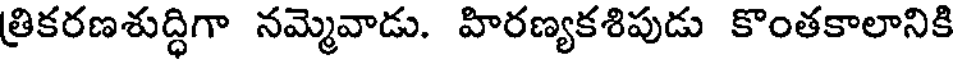
త్రికరణశుద్ధిగా నమ్మెవాడు. హిరణ్యకశిపుడు కొంతకాలానికి